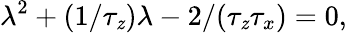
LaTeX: \lambda^{2}+(1/\tau_{\mathit{z}})\lambda-2/(\tau_{\mathit{z}}\tau_{x})=0,